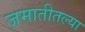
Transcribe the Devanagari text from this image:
जमातीतल्या